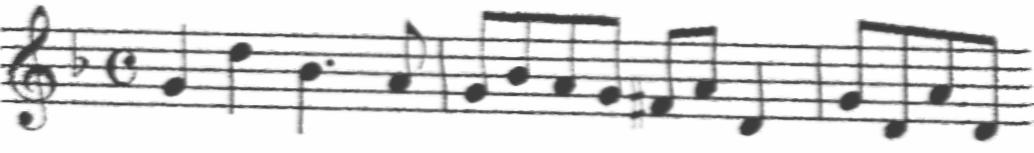
Transcription: clef-G2 keySignature-FM timeSignature-C note-G4_quarter note-D5_quarter note-Bb4_quarter. note-A4_eighth barline note-G4_eighth note-Bb4_eighth note-A4_eighth note-G4_eighth note-F#4_eighth note-A4_eighth note-D4_quarter barline note-G4_eighth note-D4_eighth note-A4_eighth note-D4_eighth